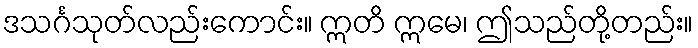
ဒသင်္ဂသုတ်လည်းကောင်း။ ဣတိ ဣမေ၊ ဤသည်တို့တည်း။